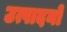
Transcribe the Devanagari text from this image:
उत्पादनो